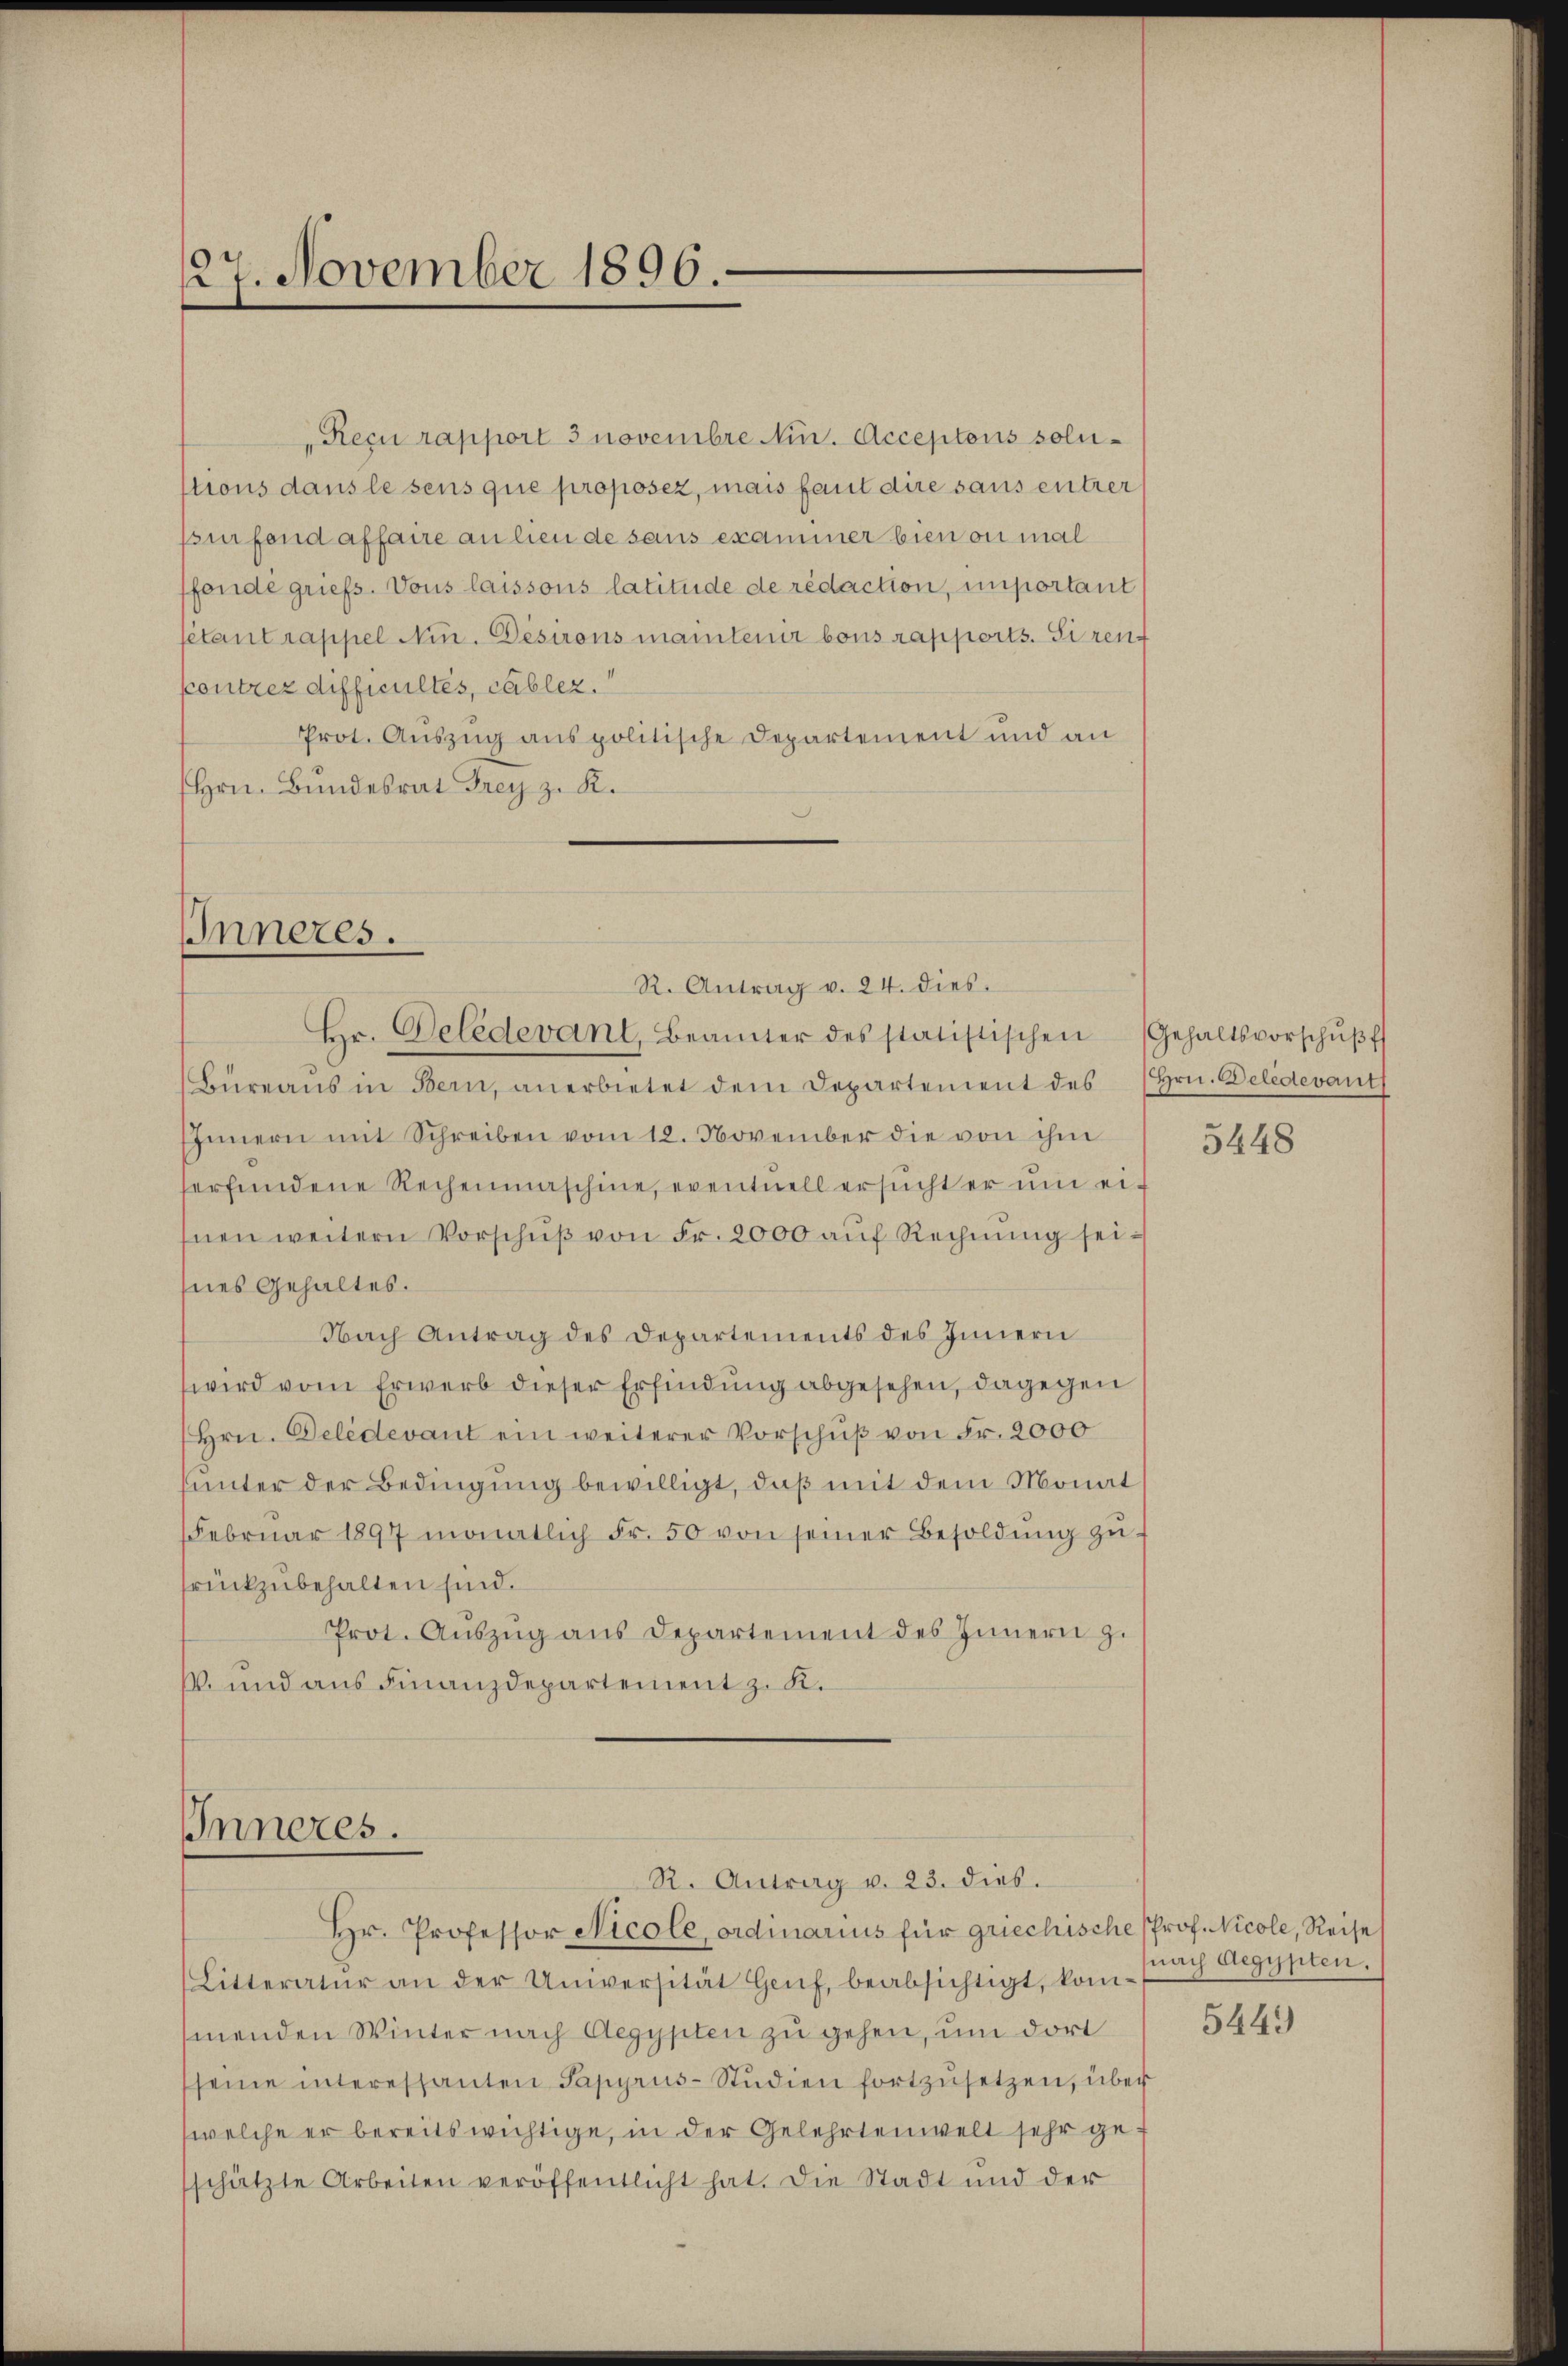
27. November 1896.

"Reçu rapport 3 novembre Min. Acceptons solustions dans le sens que proposez, mais fait dire sans entrer
sürfend affaire an lieu de sans examiner bien on mal
ffende griefs. Vous laissous latitude de redaction, unportant
fétant rappel Nin. Desirons maintenir tous rapports. Siren
contrez difficultés, cablez.
Prot. Auszug aus politische Departement und an
Hrn. Bundesrat Frey z. K.

IInneres.
R. Antrag v. 24. dies
Hr. Deledevant, Beamter des statistischen Gehaltsvorschŭβf

Inneres.
R. Antrag v. 23. dies.

Büreaŭs in Bern, anerbietet dem Departement des Hrn. Deledevants
Innern mit Schreiben vom 18. November die von ihm
serfundene Rechenmaschine, eventuell ersucht er um ei-
Inen weitern Vorschŭβ von Fr. 2000 aŭf Rechnŭng seihnes Gehaltes.
Nach Antrag des Departements des Innern
wird vom Erwerb dieser Erfindung abgesehen, dagegen
Hrn. Deledevant ein weiterer Vorschŭβ von Fr. 2000
hunter der Bedingung bewilligt, daß mit dem Monat
Februar 1897 monatlich Fr. 50 von seiner Besoldŭng zŭ-
rückzubehalten sind.
Prot. Aŭszŭg aŭs Departement des Innern z.
. und aus Finanzdepartement z. K.

Hr. Professor Nicole, ordinarius für griechische Prof. Nicole, Reise
Litteratur an der Universität Genf, beabsichtigt, kommenden Winter nach Aegypten zu gehen, um dort
seine interessanten Papyrus-Studien fortzŭsetzen, über
welche er bereits wichtige, in der Gelehrtenwelt sehr geschätzte Arbeiten veröffentlicht hat. Die Stadt und der

5448

(nach Aegypten.

5449